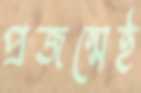
প্রজন্মেই